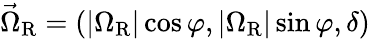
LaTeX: \vec{\Omega}_{\mathrm{R}}=(|\Omega_{\mathrm{R}}|\cos\varphi,|\Omega_{\mathrm{R}}|\sin\varphi,\delta)